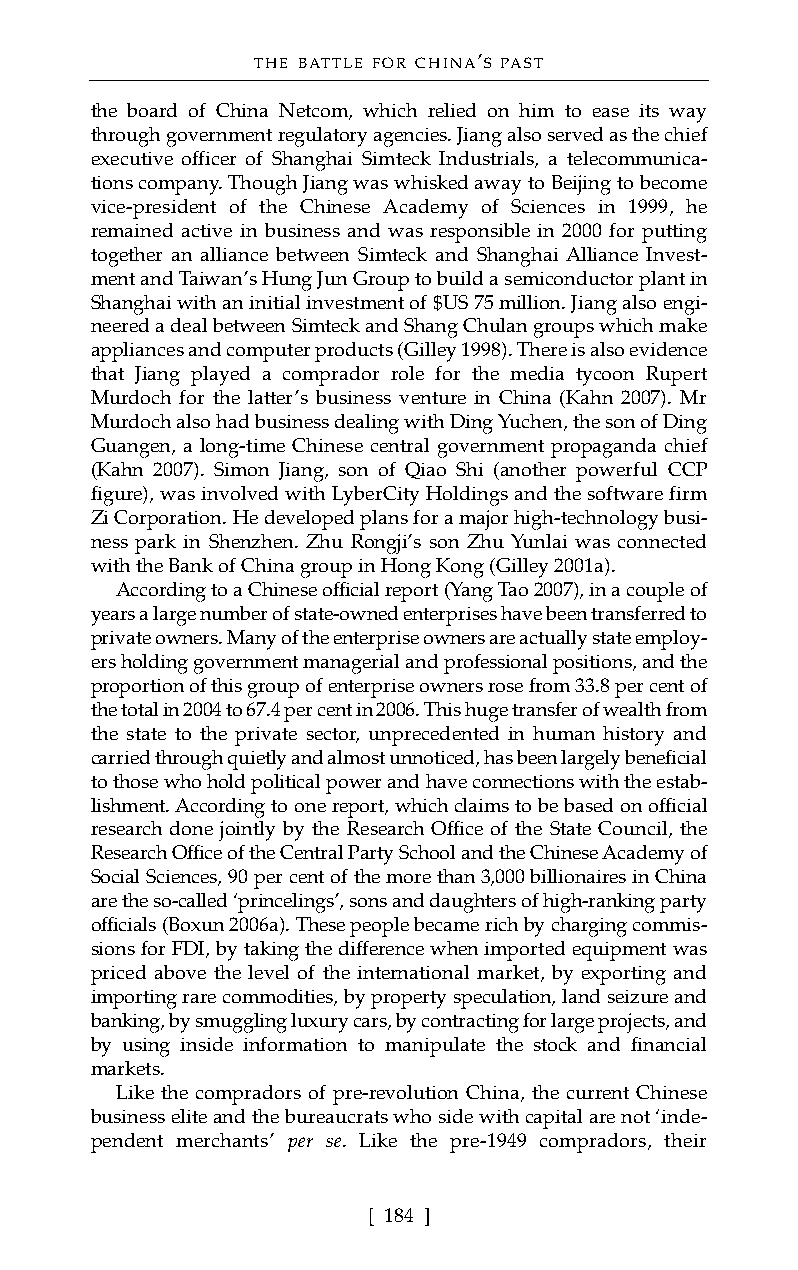
THE BATTLE FOR CHINA’S PAST
 the board of China Netcom, which relied on him to ease its way
 through government regulatory agencies. Jiang also served as the chief
 executive officer of Shanghai Simteck Industrials, a telecommunica-
 tions company. Though Jiang was whisked away to Beijing to become
 vice-president of the Chinese Academy of Sciences in 1999, he
 remained active in business and was responsible in 2000 for putting
 together an alliance between Simteck and Shanghai Alliance Invest-
 ment and Taiwan’s Hung Jun Group to build a semiconductor plant in
 Shanghai with an initial investment of $US 75 million. Jiang also engi-
 neered a deal between Simteck and Shang Chulan groups which make
 appliances and computer products (Gilley 1998). There is also evidence
 that Jiang played a comprador role for the media tycoon Rupert
 Murdoch for the latter’s business venture in China (Kahn 2007). Mr
 Murdoch also had business dealing with Ding Yuchen, the son of Ding
 Guangen, a long-time Chinese central government propaganda chief
 (Kahn 2007). Simon Jiang, son of Qiao Shi (another powerful CCP
 figure), was involved with LyberCity Holdings and the software firm
 Zi Corporation. He developed plans for a major high-technology busi-
 ness park in Shenzhen. Zhu Rongji’s son Zhu Yunlai was connected
 with the Bank of China group in Hong Kong (Gilley 2001a).
 According to a Chinese official report (Yang Tao 2007), in a couple of
 years a large number of state-owned enterprises have been transferred to
 private owners. Many of the enterprise owners are actually state employ-
 ers holding government managerial and professional positions, and the
 proportion of this group of enterprise owners rose from 33.8 per cent of
 the total in 2004 to 67.4 per cent in 2006. This huge transfer of wealth from
 the state to the private sector, unprecedented in human history and
 carried through quietly and almost unnoticed, has been largely beneficial
 to those who hold political power and have connections with the estab-
 lishment. According to one report, which claims to be based on official
 research done jointly by the Research Office of the State Council, the
 Research Office of the Central Party School and the Chinese Academy of
 Social Sciences, 90 per cent of the more than 3,000 billionaires in China
 are the so-called ‘princelings’, sons and daughters of high-ranking party
 officials (Boxun 2006a). These people became rich by charging commis-
 sions for FDI, by taking the difference when imported equipment was
 priced above the level of the international market, by exporting and
 importing rare commodities, by property speculation, land seizure and
 banking, by smuggling luxury cars, by contracting for large projects, and
 by using inside information to manipulate the stock and financial
 markets.
 Like the compradors of pre-revolution China, the current Chinese
 business elite and the bureaucrats who side with capital are not ‘inde-
 pendent merchants’ per se. Like the pre-1949 compradors, their
 [ 184 ]